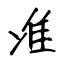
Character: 准